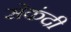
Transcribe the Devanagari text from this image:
सेकंदी